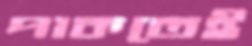
পাকতেই